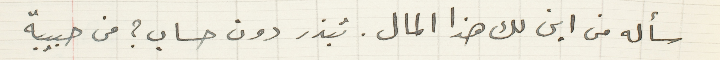
سأله من اين لك هذا المال. تبذر دون حساب؟ من حبيبة